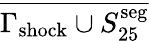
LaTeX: \overline{{\Gamma_{\mathrm{shock}}\cup S_{25}^{\mathrm{seg}}}}